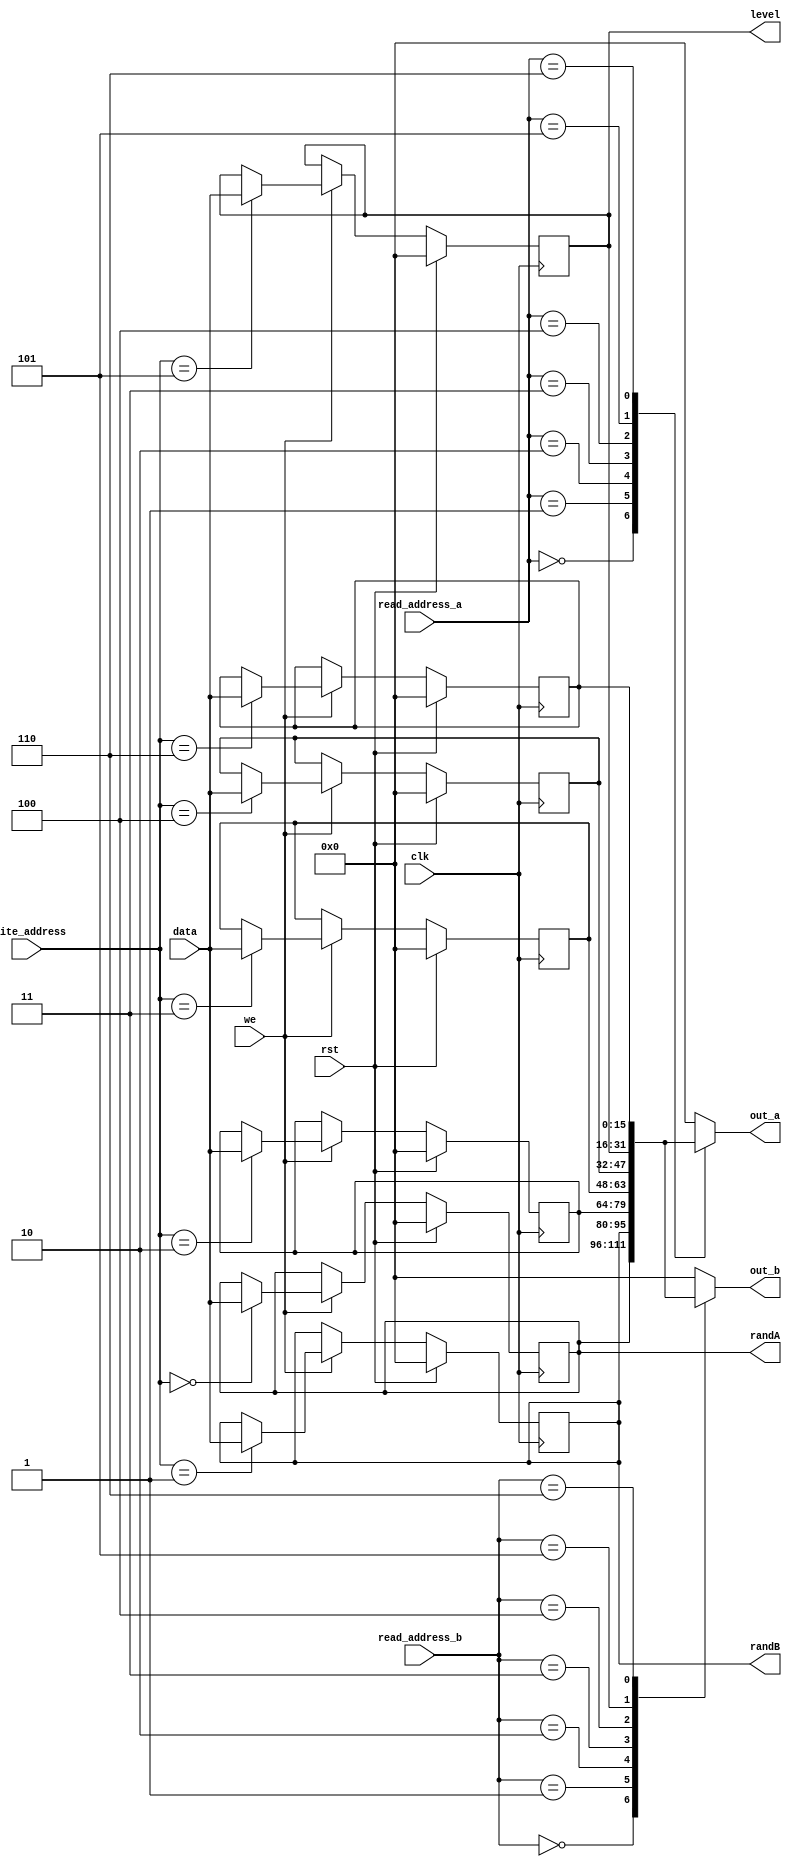
/*
   This file was generated automatically by Alchitry Labs version 1.2.1.
   Do not edit this file directly. Instead edit the original Lucid source.
   This is a temporary file and any changes made to it will be destroyed.
*/

module game_miniRegfiles_12 (
    input clk,
    input rst,
    input [3:0] write_address,
    input we,
    input [15:0] data,
    input [3:0] read_address_a,
    input [3:0] read_address_b,
    output reg [15:0] out_a,
    output reg [15:0] out_b,
    output reg [15:0] level,
    output reg [15:0] randA,
    output reg [15:0] randB
  );
  
  
  
  reg [15:0] M_level_reg_d, M_level_reg_q = 1'h0;
  reg [15:0] M_inpoperator_reg_d, M_inpoperator_reg_q = 1'h0;
  reg [15:0] M_randA_reg_d, M_randA_reg_q = 1'h0;
  reg [15:0] M_randB_reg_d, M_randB_reg_q = 1'h0;
  reg [15:0] M_correctAns_reg_d, M_correctAns_reg_q = 1'h0;
  reg [15:0] M_userAns_reg_d, M_userAns_reg_q = 1'h0;
  reg [15:0] M_temp_reg_d, M_temp_reg_q = 1'h0;
  
  always @* begin
    M_userAns_reg_d = M_userAns_reg_q;
    M_level_reg_d = M_level_reg_q;
    M_inpoperator_reg_d = M_inpoperator_reg_q;
    M_temp_reg_d = M_temp_reg_q;
    M_correctAns_reg_d = M_correctAns_reg_q;
    M_randB_reg_d = M_randB_reg_q;
    M_randA_reg_d = M_randA_reg_q;
    
    if (we) begin
      
      case (write_address)
        4'h0: begin
          M_randA_reg_d = data;
        end
        4'h1: begin
          M_randB_reg_d = data;
        end
        4'h2: begin
          M_correctAns_reg_d = data;
        end
        4'h3: begin
          M_userAns_reg_d = data;
        end
        4'h4: begin
          M_inpoperator_reg_d = data;
        end
        4'h5: begin
          M_level_reg_d = data;
        end
        4'h6: begin
          M_temp_reg_d = data;
        end
      endcase
    end
    
    case (read_address_a)
      4'h0: begin
        out_a = M_randA_reg_q;
      end
      4'h1: begin
        out_a = M_randB_reg_q;
      end
      4'h2: begin
        out_a = M_correctAns_reg_q;
      end
      4'h3: begin
        out_a = M_userAns_reg_q;
      end
      4'h4: begin
        out_a = M_inpoperator_reg_q;
      end
      4'h5: begin
        out_a = M_level_reg_q;
      end
      4'h6: begin
        out_a = M_temp_reg_q;
      end
      default: begin
        out_a = 1'h0;
      end
    endcase
    
    case (read_address_b)
      4'h0: begin
        out_b = M_randA_reg_q;
      end
      4'h1: begin
        out_b = M_randB_reg_q;
      end
      4'h2: begin
        out_b = M_correctAns_reg_q;
      end
      4'h3: begin
        out_b = M_userAns_reg_q;
      end
      4'h4: begin
        out_b = M_inpoperator_reg_q;
      end
      4'h5: begin
        out_b = M_level_reg_q;
      end
      4'h6: begin
        out_b = M_temp_reg_q;
      end
      default: begin
        out_b = 1'h0;
      end
    endcase
    level = M_level_reg_q;
    randA = M_randA_reg_q;
    randB = M_randB_reg_q;
  end
  
  always @(posedge clk) begin
    if (rst == 1'b1) begin
      M_level_reg_q <= 1'h0;
      M_inpoperator_reg_q <= 1'h0;
      M_randA_reg_q <= 1'h0;
      M_randB_reg_q <= 1'h0;
      M_correctAns_reg_q <= 1'h0;
      M_userAns_reg_q <= 1'h0;
      M_temp_reg_q <= 1'h0;
    end else begin
      M_level_reg_q <= M_level_reg_d;
      M_inpoperator_reg_q <= M_inpoperator_reg_d;
      M_randA_reg_q <= M_randA_reg_d;
      M_randB_reg_q <= M_randB_reg_d;
      M_correctAns_reg_q <= M_correctAns_reg_d;
      M_userAns_reg_q <= M_userAns_reg_d;
      M_temp_reg_q <= M_temp_reg_d;
    end
  end
  
endmodule